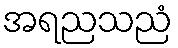
အရညသညံ